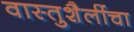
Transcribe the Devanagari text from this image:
वास्तुशैलींचा